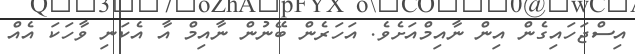
އިސްޖަހައިގެން އިން ނާއިމްއަށެވެ. އަހަރެން ބޭނުން ނާއިމް އާ އެކަނި ވާހަކަ އެއް